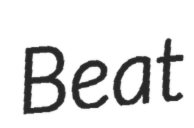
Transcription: Beat